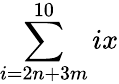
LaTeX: \sum\limits_{i=2n+3m}^{10}ix